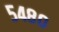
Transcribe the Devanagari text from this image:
५४८०